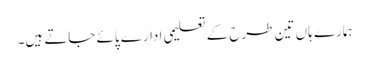
ہمارے ہاں تین طرح کے تعلیمی ادارے پائے جاتے ہیں۔